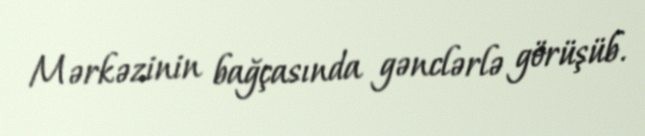
Mərkəzinin bağçasında gənclərlə görüşüb.